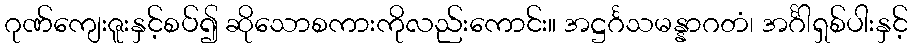
ဂုဏ်ကျေးဇူးနှင့်စပ်၍ ဆိုသောစကားကိုလည်းကောင်း။ အဋ္ဌင်္ဂသမန္နာဂတံ၊ အင်္ဂါရှစ်ပါးနှင့်